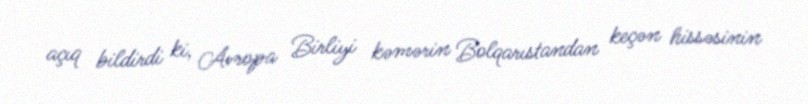
açıq bildirdi ki, Avropa Birliyi kəmərin Bolqarıstandan keçən hissəsinin